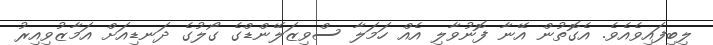
ލިބިފައިވެއެވެ. އެގޮތުން އޭނާ ފޮނުވާލި އެއް ހަމަލާ ސްވިޒަލޭންޑްގެ ގޯލުގެ ދަނޑިއަށް އަމާޒުވިއިރު